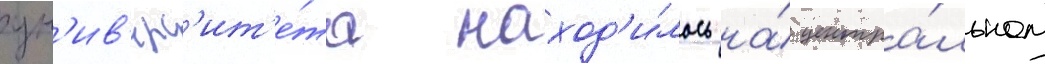
ун'ив'ерс'ит'е́та наход'и́лось на́ центра́льном